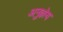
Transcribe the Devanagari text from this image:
अनुज्ञेय